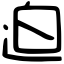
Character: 迫